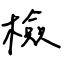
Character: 檢